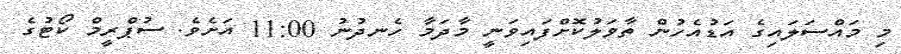
މި މައްސަލައިގެ އަޑުއެހުން ތާވަލުކޮށްފައިވަނީ މާދަމާ ހެނދުނު 11:00 އަށެވެ. ސުޕްރީމް ކޯޓުގެ